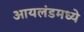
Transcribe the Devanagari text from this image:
आयलंडमध्ये